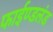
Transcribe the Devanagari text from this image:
फाईण्डलंड